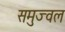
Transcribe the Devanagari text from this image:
समुज्वल